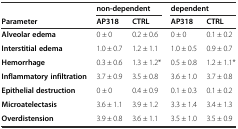
|  | <COLSPAN=2> non-dependent | <COLSPAN=2> dependent |
 | Parameter | AP318 | CTRL | AP318 | CTRL |
 | --- | --- | --- | --- | --- |
 | Alveolar edema | 0 ± 0 | 0.2 ± 0.6 | 0 ± 0 | 0.1 ± 0.2 |
 | Interstitial edema | 1.0 ± 0.7 | 1.2 ± 1.1 | 1.0 ± 0.5 | 0.9 ± 0.7 |
 | Hemorrhage | 0.3 ± 0.6 | 1.3 ± 1.2* | 0.5 ± 0.8 | 1.2 ± 1.1* |
 | Inflammatory infiltration | 3.7 ± 0.9 | 3.5 ± 0.8 | 3.6 ± 1.0 | 3.7 ± 0.8 |
 | Epithelial destruction | 0 ± 0 | 0.4 ± 0.9 | 0.1 ± 0.3 | 0.1 ± 0.2 |
 | Microatelectasis | 3.6 ± 1.1 | 3.9 ± 1.2 | 3.3 ± 1.4 | 3.4 ± 1.3 |
 | Overdistension | 3.9 ± 0.8 | 3.6 ± 1.1 | 3.5 ± 1.0 | 3.5 ± 0.9 |